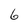
Character: 6